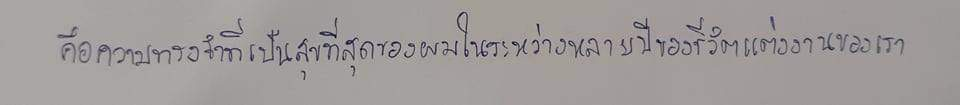
คือความทรงจำที่เป็นสุขที่สุดของผมในระหว่างหลายปีของชีวิตแต่งงานของเรา